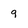
Character: 9